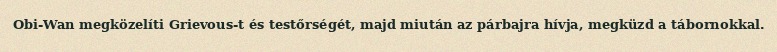
Obi-Wan megközelíti Grievous-t és testőrségét, majd miután az párbajra hívja, megküzd a tábornokkal.